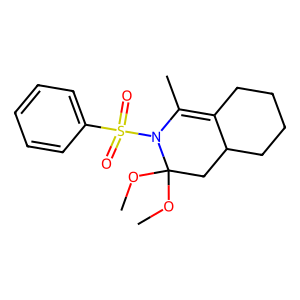
SMILES: COC1(OC)CC2CCCCC2=C(C)N1S(=O)(=O)c1ccccc1
Inhibits HIV replication: No